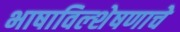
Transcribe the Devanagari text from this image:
भाषाविल्शेषणाचे